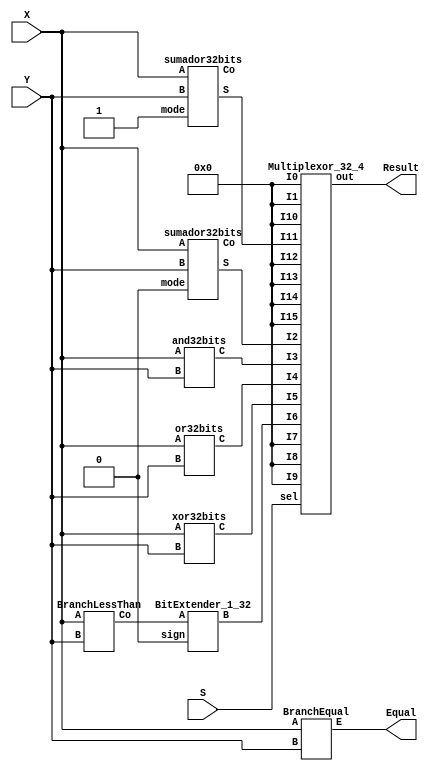
module ALU(X, Y, S, Result, Equal);
  input [31:0] X, Y;
  input [3:0] S;
  output [31:0] Result;
  output Equal;
  wire [31:0] wSll, wSrl, wAdd, wSub, wAnd, wOr, wMul, wMulh, wSlt, wDiv, wXor, wRem, zero;
  assign zero = 32'b00000000000000000000000000000000;
  wire [4:0] Y32_5;
  wire CS, CR, wSlt0;
  moduleSll msll(X, Y32_5, wSll);
  moduleSrl mSrl(X, Y32_5, wSrl);
  sumador32bits s32bS(X, Y, 1'b0, wAdd, CS);
  sumador32bits s32bR(X, Y, 1'b1, wSub, CR);
  and32bits and32(X, Y, wAnd);
  or32bits or32(X, Y, wOr);
  moduleMult mMul(X, Y, wMul, wMulh);
  BranchEqual BE(X, Y, Equal);
  BranchLessThan BLT (X, Y, wSlt0);
  BitExtender_1_32 B1_32(wSlt0, wSlt, 1'b0);
  moduleDiv mDiv(X, Y, wDiv, wRem);
  xor32bits x32 (X,Y, wXor);
  Multiplexor_32_4 m32_4(zero, zero, wAdd, wAnd, wOr, wXor, wSlt, zero, zero, zero, zero , wSub, zero, zero, zero, zero, S, Result);
endmodule

module moduleDiv(X, Y, wDiv, wRem);
  input [31:0] X,Y;
  output[31:0] wDiv, wRem;
endmodule

module moduleMult(X, Y, wMul, wMulh);
  input [31:0] X,Y;
  output[31:0] wMul, wMulh;
endmodule

module moduleSll(X, Y32_5, wSll);
  input [31:0] X;
  input [4:0] Y32_5;
  output[31:0] wSll;
endmodule

module moduleSrl(X, Y32_5, wSrl);
  input [31:0] X;
  input [4:0] Y32_5;
  output[31:0] wSrl;
endmodule

module xor32bits(A,B,C);
  input [31:0] A,B;
  output [31:0] C;
    //Spam de XORs
  xor(C[0], A[0], B[0]);
  xor(C[1], A[1], B[1]);
  xor(C[2], A[2], B[2]);
  xor(C[3], A[3], B[3]);
  xor(C[4], A[4], B[4]);
  xor(C[5], A[5], B[5]);
  xor(C[6], A[6], B[6]);
  xor(C[7], A[7], B[7]);
  xor(C[8], A[8], B[8]);
  xor(C[9], A[9], B[9]);
  xor(C[10], A[10], B[10]);
  xor(C[11], A[11], B[11]);
  xor(C[12], A[12], B[12]);
  xor(C[13], A[13], B[13]);
  xor(C[14], A[14], B[14]);
  xor(C[15], A[15], B[15]);
  xor(C[16], A[16], B[16]);
  xor(C[17], A[17], B[17]);
  xor(C[18], A[18], B[18]);
  xor(C[19], A[19], B[19]);
  xor(C[20], A[20], B[20]);
  xor(C[21], A[21], B[21]);
  xor(C[22], A[22], B[22]);
  xor(C[23], A[23], B[23]);
  xor(C[24], A[24], B[24]);
  xor(C[25], A[25], B[25]);
  xor(C[26], A[26], B[26]);
  xor(C[27], A[27], B[27]);
  xor(C[28], A[28], B[28]);
  xor(C[29], A[29], B[29]);
  xor(C[30], A[30], B[30]);
  xor(C[31], A[31], B[31]);
endmodule

module or32bits(A,B,C);
  input [31:0] A,B;
  output [31:0] C;
    //Spam de ORs
  or(C[0], A[0], B[0]);
  or(C[1], A[1], B[1]);
  or(C[2], A[2], B[2]);
  or(C[3], A[3], B[3]);
  or(C[4], A[4], B[4]);
  or(C[5], A[5], B[5]);
  or(C[6], A[6], B[6]);
  or(C[7], A[7], B[7]);
  or(C[8], A[8], B[8]);
  or(C[9], A[9], B[9]);
  or(C[10], A[10], B[10]);
  or(C[11], A[11], B[11]);
  or(C[12], A[12], B[12]);
  or(C[13], A[13], B[13]);
  or(C[14], A[14], B[14]);
  or(C[15], A[15], B[15]);
  or(C[16], A[16], B[16]);
  or(C[17], A[17], B[17]);
  or(C[18], A[18], B[18]);
  or(C[19], A[19], B[19]);
  or(C[20], A[20], B[20]);
  or(C[21], A[21], B[21]);
  or(C[22], A[22], B[22]);
  or(C[23], A[23], B[23]);
  or(C[24], A[24], B[24]);
  or(C[25], A[25], B[25]);
  or(C[26], A[26], B[26]);
  or(C[27], A[27], B[27]);
  or(C[28], A[28], B[28]);
  or(C[29], A[29], B[29]);
  or(C[30], A[30], B[30]);
  or(C[31], A[31], B[31]);
endmodule

module and32bits(A,B,C);
  input [31:0] A,B;
  output [31:0] C;
    //Spam de ANDs
  and(C[0], A[0], B[0]);
  and(C[1], A[1], B[1]);
  and(C[2], A[2], B[2]);
  and(C[3], A[3], B[3]);
  and(C[4], A[4], B[4]);
  and(C[5], A[5], B[5]);
  and(C[6], A[6], B[6]);
  and(C[7], A[7], B[7]);
  and(C[8], A[8], B[8]);
  and(C[9], A[9], B[9]);
  and(C[10], A[10], B[10]);
  and(C[11], A[11], B[11]);
  and(C[12], A[12], B[12]);
  and(C[13], A[13], B[13]);
  and(C[14], A[14], B[14]);
  and(C[15], A[15], B[15]);
  and(C[16], A[16], B[16]);
  and(C[17], A[17], B[17]);
  and(C[18], A[18], B[18]);
  and(C[19], A[19], B[19]);
  and(C[20], A[20], B[20]);
  and(C[21], A[21], B[21]);
  and(C[22], A[22], B[22]);
  and(C[23], A[23], B[23]);
  and(C[24], A[24], B[24]);
  and(C[25], A[25], B[25]);
  and(C[26], A[26], B[26]);
  and(C[27], A[27], B[27]);
  and(C[28], A[28], B[28]);
  and(C[29], A[29], B[29]);
  and(C[30], A[30], B[30]);
  and(C[31], A[31], B[31]);
endmodule

module Multiplexor_32_4(I0, I1, I2, I3, I4, I5, I6, I7, I8, I9, I10, I11, I12, I13, I14, I15, sel, out);
  
  input [31:0] I0, I1, I2, I3, I4, I5, I6, I7, I8, I9, I10, I11, I12, I13, I14, I15;
  input [3:0] sel;
  output [31:0] out;
  Multiplexor_1_4 M1_5_0 (I0[0], I1[0], I2[0], I3[0], I4[0], I5[0], I6[0], I7[0], I8[0], I9[0], I10[0], I11[0], I12[0], I13[0], I14[0], I15[0], sel, out[0]);
  Multiplexor_1_4 M1_5_1 (I0[1], I1[1], I2[1], I3[1], I4[1], I5[1], I6[1], I7[1], I8[1], I9[1], I10[1], I11[1], I12[1], I13[1], I14[1], I15[1], sel, out[1]);
Multiplexor_1_4 M1_5_2 (I0[2], I1[2], I2[2], I3[2], I4[2], I5[2], I6[2], I7[2], I8[2], I9[2], I10[2], I11[2], I12[2], I13[2], I14[2], I15[2], sel, out[2]);
Multiplexor_1_4 M1_5_3 (I0[3], I1[3], I2[3], I3[3], I4[3], I5[3], I6[3], I7[3], I8[3], I9[3], I10[3], I11[3], I12[3], I13[3], I14[3], I15[3], sel, out[3]);
Multiplexor_1_4 M1_5_4 (I0[4], I1[4], I2[4], I3[4], I4[4], I5[4], I6[4], I7[4], I8[4], I9[4], I10[4], I11[4], I12[4], I13[4], I14[4], I15[4], sel, out[4]);
Multiplexor_1_4 M1_5_5 (I0[5], I1[5], I2[5], I3[5], I4[5], I5[5], I6[5], I7[5], I8[5], I9[5], I10[5], I11[5], I12[5], I13[5], I14[5], I15[5], sel, out[5]);
Multiplexor_1_4 M1_5_6 (I0[6], I1[6], I2[6], I3[6], I4[6], I5[6], I6[6], I7[6], I8[6], I9[6], I10[6], I11[6], I12[6], I13[6], I14[6], I15[6], sel, out[6]);
Multiplexor_1_4 M1_5_7 (I0[7], I1[7], I2[7], I3[7], I4[7], I5[7], I6[7], I7[7], I8[7], I9[7], I10[7], I11[7], I12[7], I13[7], I14[7], I15[7], sel, out[7]);
Multiplexor_1_4 M1_5_8 (I0[8], I1[8], I2[8], I3[8], I4[8], I5[8], I6[8], I7[8], I8[8], I9[8], I10[8], I11[8], I12[8], I13[8], I14[8], I15[8], sel, out[8]);
Multiplexor_1_4 M1_5_9 (I0[9], I1[9], I2[9], I3[9], I4[9], I5[9], I6[9], I7[9], I8[9], I9[9], I10[9], I11[9], I12[9], I13[9], I14[9], I15[9], sel, out[9]);
Multiplexor_1_4 M1_5_10 (I0[10], I1[10], I2[10], I3[10], I4[10], I5[10], I6[10], I7[10], I8[10], I9[10], I10[10], I11[10], I12[10], I13[10], I14[10], I15[10], sel, out[10]);
Multiplexor_1_4 M1_5_11 (I0[11], I1[11], I2[11], I3[11], I4[11], I5[11], I6[11], I7[11], I8[11], I9[11], I10[11], I11[11], I12[11], I13[11], I14[11], I15[11], sel, out[11]);
Multiplexor_1_4 M1_5_12 (I0[12], I1[12], I2[12], I3[12], I4[12], I5[12], I6[12], I7[12], I8[12], I9[12], I10[12], I11[12], I12[12], I13[12], I14[12], I15[12], sel, out[12]);
Multiplexor_1_4 M1_5_13 (I0[13], I1[13], I2[13], I3[13], I4[13], I5[13], I6[13], I7[13], I8[13], I9[13], I10[13], I11[13], I12[13], I13[13], I14[13], I15[13], sel, out[13]);
Multiplexor_1_4 M1_5_14 (I0[14], I1[14], I2[14], I3[14], I4[14], I5[14], I6[14], I7[14], I8[14], I9[14], I10[14], I11[14], I12[14], I13[14], I14[14], I15[14], sel, out[14]);
Multiplexor_1_4 M1_5_15 (I0[15], I1[15], I2[15], I3[15], I4[15], I5[15], I6[15], I7[15], I8[15], I9[15], I10[15], I11[15], I12[15], I13[15], I14[15], I15[15], sel, out[15]);
Multiplexor_1_4 M1_5_16 (I0[16], I1[16], I2[16], I3[16], I4[16], I5[16], I6[16], I7[16], I8[16], I9[16], I10[16], I11[16], I12[16], I13[16], I14[16], I15[16], sel, out[16]);
Multiplexor_1_4 M1_5_17 (I0[17], I1[17], I2[17], I3[17], I4[17], I5[17], I6[17], I7[17], I8[17], I9[17], I10[17], I11[17], I12[17], I13[17], I14[17], I15[17], sel, out[17]);
Multiplexor_1_4 M1_5_18 (I0[18], I1[18], I2[18], I3[18], I4[18], I5[18], I6[18], I7[18], I8[18], I9[18], I10[18], I11[18], I12[18], I13[18], I14[18], I15[18], sel, out[18]);
Multiplexor_1_4 M1_5_19 (I0[19], I1[19], I2[19], I3[19], I4[19], I5[19], I6[19], I7[19], I8[19], I9[19], I10[19], I11[19], I12[19], I13[19], I14[19], I15[19], sel, out[19]);
Multiplexor_1_4 M1_5_20 (I0[20], I1[20], I2[20], I3[20], I4[20], I5[20], I6[20], I7[20], I8[20], I9[20], I10[20], I11[20], I12[20], I13[20], I14[20], I15[20], sel, out[20]);
Multiplexor_1_4 M1_5_21 (I0[21], I1[21], I2[21], I3[21], I4[21], I5[21], I6[21], I7[21], I8[21], I9[21], I10[21], I11[21], I12[21], I13[21], I14[21], I15[21], sel, out[21]);
Multiplexor_1_4 M1_5_22 (I0[22], I1[22], I2[22], I3[22], I4[22], I5[22], I6[22], I7[22], I8[22], I9[22], I10[22], I11[22], I12[22], I13[22], I14[22], I15[22], sel, out[22]);
Multiplexor_1_4 M1_5_23 (I0[23], I1[23], I2[23], I3[23], I4[23], I5[23], I6[23], I7[23], I8[23], I9[23], I10[23], I11[23], I12[23], I13[23], I14[23], I15[23], sel, out[23]);
Multiplexor_1_4 M1_5_24 (I0[24], I1[24], I2[24], I3[24], I4[24], I5[24], I6[24], I7[24], I8[24], I9[24], I10[24], I11[24], I12[24], I13[24], I14[24], I15[24], sel, out[24]);
Multiplexor_1_4 M1_5_25 (I0[25], I1[25], I2[25], I3[25], I4[25], I5[25], I6[25], I7[25], I8[25], I9[25], I10[25], I11[25], I12[25], I13[25], I14[25], I15[25], sel, out[25]);
Multiplexor_1_4 M1_5_26 (I0[26], I1[26], I2[26], I3[26], I4[26], I5[26], I6[26], I7[26], I8[26], I9[26], I10[26], I11[26], I12[26], I13[26], I14[26], I15[26], sel, out[26]);
Multiplexor_1_4 M1_5_27 (I0[27], I1[27], I2[27], I3[27], I4[27], I5[27], I6[27], I7[27], I8[27], I9[27], I10[27], I11[27], I12[27], I13[27], I14[27], I15[27], sel, out[27]);
Multiplexor_1_4 M1_5_28 (I0[28], I1[28], I2[28], I3[28], I4[28], I5[28], I6[28], I7[28], I8[28], I9[28], I10[28], I11[28], I12[28], I13[28], I14[28], I15[28], sel, out[28]);
Multiplexor_1_4 M1_5_29 (I0[29], I1[29], I2[29], I3[29], I4[29], I5[29], I6[29], I7[29], I8[29], I9[29], I10[29], I11[29], I12[29], I13[29], I14[29], I15[29], sel, out[29]);
Multiplexor_1_4 M1_5_30 (I0[30], I1[30], I2[30], I3[30], I4[30], I5[30], I6[30], I7[30], I8[30], I9[30], I10[30], I11[30], I12[30], I13[30], I14[30], I15[30], sel, out[30]);
Multiplexor_1_4 M1_5_31 (I0[31], I1[31], I2[31], I3[31], I4[31], I5[31], I6[31], I7[31], I8[31], I9[31], I10[31], I11[31], I12[31], I13[31], I14[31], I15[31], sel, out[31]);
  
endmodule


module Multiplexor_1_4(I0, I1, I2, I3, I4, I5, I6, I7, I8, I9, I10, I11, I12, I13, I14, I15, sel, out);
  input I0, I1, I2, I3, I4, I5, I6, I7, I8, I9, I10, I11, I12, I13, I14, I15;
  input [3:0] sel;
  output out;
  wire C0, C1, C2, C3, C4, C5, C6, C7, C8, C9, C10, C11, C12, C13, C14, C15, C16, C17, C18, C19, C20, C21, C22, C23, C24, C25, C26, C27, C28, C29, C30, C31, S0, S1, S2, S3, P0, P1, P2, P3, P4, P5, P6, P7, P8, P9, P10, P11, P12, P13, P14, P15;
  
  // Negaciones
  
  not (S0, sel[0]);
  not (S1, sel[1]);
  not (S2, sel[2]);
  not (S3, sel[3]);
  
  // Es 0?
  and (C0, S0, S1, S2, S3);
  
  // Es 1?
  and (C1, sel[0], S1, S2, S3);
  
  // Es 2?
  and (C2, S0, sel[1], S2, S3);
  
  // Es 3?
  and (C3, sel[0], sel[1], S2, S3);
  
  // Es 4?
  and (C4, S0, S1, sel[2], S3);
  
  // Es 5?
  and (C5, sel[0], S1, sel[2], S3);
  
  // Es 6?
  and (C6, S0, sel[1], sel[2], S3);
  
  // Es 7?
  and (C7, sel[0], sel[1], sel[2], S3);
  
  // Es 8?
  and (C8, S0, S1, S2, sel[3]);
  
  // Es 9?
  and (C9, sel[0], S1, S2, sel[3]);
  
  // Es 10?
  and (C10, S0, sel[1], S2, sel[3]);
  
  // Es 11?
  and (C11, sel[0], sel[1], S2, sel[3]);
  
  // Es 12?
  and (C12, S0, S1, sel[2], sel[3]);
  
  // Es 13?
  and (C13, sel[0], S1, sel[2], sel[3]);
  
  // Es 14?
  and (C14, S0, sel[1], sel[2], sel[3]);
  
  // Es 15?
  and (C15, sel[0], sel[1], sel[2], sel[3]);
  
  
  
  // Buscar Bit
  
  and (P0, C0, I0);
  and (P1, C1, I1);
  and (P2, C2, I2);
  and (P3, C3, I3);
  and (P4, C4, I4);
  and (P5, C5, I5);
  and (P6, C6, I6);
  and (P7, C7, I7);
  and (P8, C8, I8);
  and (P9, C9, I9);
  and (P10, C10, I10);
  and (P11, C11, I11);
  and (P12, C12, I12);
  and (P13, C13, I13);
  and (P14, C14, I14);
  and (P15, C15, I15);
  
  or(out, P0, P1, P2, P3, P4, P5, P6, P7, P8, P9, P10, P11, P12, P13, P14, P15);
endmodule

module BranchLessThan(A,B,Co);
  input [31:0] A,B;
  
  wire [31:0] S;
  output Co;
  wire C1, C2, C3, C4, C5, C6, C7, C8, C9, C10, C11, C12, C13, C14, C15, C16, C17, C18, C19, C20, C21, C22, C23, C24, C25, C26, C27, C28, C29, C30, C31, C32;
  wire B0, B1, B2, B3, B4, B5, B6, B7, B8, B9, B10, B11, B12, B13, B14, B15, B16, B17, B18, B19, B20, B21, B22, B23, B24, B25, B26, B27, B28, B29, B30, B31;
  
  xor(B0, B[0], 1);
  xor(B1, B[1], 1);
  xor(B2, B[2], 1);
  xor(B3, B[3], 1);
  xor(B4, B[4], 1);
  xor(B5, B[5], 1);
  xor(B6, B[6], 1);
  xor(B7, B[7], 1);
  xor(B8, B[8], 1);
  xor(B9, B[9], 1);
  xor(B10, B[10], 1);
  xor(B11, B[11], 1);
  xor(B12, B[12], 1);
  xor(B13, B[13], 1);
  xor(B14, B[14], 1);
  xor(B15, B[15], 1);
  xor(B16, B[16], 1);
  xor(B17, B[17], 1);
  xor(B18, B[18], 1);
  xor(B19, B[19], 1);
  xor(B20, B[20], 1);
  xor(B21, B[21], 1);
  xor(B22, B[22], 1);
  xor(B23, B[23], 1);
  xor(B24, B[24], 1);
  xor(B25, B[25], 1);
  xor(B26, B[26], 1);
  xor(B27, B[27], 1);
  xor(B28, B[28], 1);
  xor(B29, B[29], 1);
  xor(B30, B[30], 1);
  xor(B31, B[31], 1);
    
  sumador_completo sc0(A[0],B0,1'b1,S[0],C1);
  sumador_completo sc1(A[1],B1,C1,S[1],C2);
  sumador_completo sc2(A[2],B2,C2,S[2],C3);
  sumador_completo sc3(A[3],B3,C3,S[3],C4);
  sumador_completo sc4(A[4],B4,C4,S[4],C5);
  sumador_completo sc5(A[5],B5,C5,S[5],C6);
  sumador_completo sc6(A[6],B6,C6,S[6],C7);
  sumador_completo sc7(A[7],B7,C7,S[7],C8);
  sumador_completo sc8(A[8],B8,C8,S[8],C9);
  sumador_completo sc9(A[9],B9,C9,S[9],C10);
  sumador_completo sc10(A[10],B10,C10,S[10],C11);
  sumador_completo sc11(A[11],B11,C11,S[11],C12);
  sumador_completo sc12(A[12],B12,C12,S[12],C13);
  sumador_completo sc13(A[13],B13,C13,S[13],C14);
  sumador_completo sc14(A[14],B14,C14,S[14],C15);
  sumador_completo sc15(A[15],B15,C15,S[15],C16);
  sumador_completo sc16(A[16],B16,C16,S[16],C17);
  sumador_completo sc17(A[17],B17,C17,S[17],C18);
  sumador_completo sc18(A[18],B18,C18,S[18],C19);
  sumador_completo sc19(A[19],B19,C19,S[19],C20);
  sumador_completo sc20(A[20],B20,C20,S[20],C21);
  sumador_completo sc21(A[21],B21,C21,S[21],C22);
  sumador_completo sc22(A[22],B22,C22,S[22],C23);
  sumador_completo sc23(A[23],B23,C23,S[23],C24);
  sumador_completo sc24(A[24],B24,C24,S[24],C25);
  sumador_completo sc25(A[25],B25,C25,S[25],C26);
  sumador_completo sc26(A[26],B26,C26,S[26],C27);
  sumador_completo sc27(A[27],B27,C27,S[27],C28);
  sumador_completo sc28(A[28],B28,C28,S[28],C29);
  sumador_completo sc29(A[29],B29,C29,S[29],C30);
  sumador_completo sc30(A[30],B30,C30,S[30],C31);
  sumador_completo sc31(A[31],B31,C31,S[31],C32);
  not (Co, C32);
endmodule

module BitExtender_1_32(A,B, sign);
  // sign = 1'b0 Unsigned; sign = bit[31] Signed
  input A, sign;
  wire [31:0] C = {sign,sign,sign,sign,sign,sign,sign,sign,sign,sign,sign,sign,sign,sign,sign,sign,sign,sign,sign,sign,sign,sign,sign,sign,sign,sign,sign,sign,sign,sign,sign,A};
  output [31:0] B;
  assign B = C;
endmodule

module BranchEqual(A,B,E);
  input [31:0] A,B;
  output E;
  wire C0, C1, C2, C3, C4, C5, C6, C7, C8, C9, C10, C11, C12, C13, C14, C15, C16, C17, C18, C19, C20, C21, C22, C23, C24, C25, C26, C27, C28, C29, C30, C31;


  xnor (C0, A[0], B[0]);
  xnor (C1, A[1], B[1]);
  xnor (C2, A[2], B[2]);
  xnor (C3, A[3], B[3]);
  xnor (C4, A[4], B[4]);
  xnor (C5, A[5], B[5]);
  xnor (C6, A[6], B[6]);
  xnor (C7, A[7], B[7]);
  xnor (C8, A[8], B[8]);
  xnor (C9, A[9], B[9]);
  xnor (C10, A[10], B[10]);
  xnor (C11, A[11], B[11]);
  xnor (C12, A[12], B[12]);
  xnor (C13, A[13], B[13]);
  xnor (C14, A[14], B[14]);
  xnor (C15, A[15], B[15]);
  xnor (C16, A[16], B[16]);
  xnor (C17, A[17], B[17]);
  xnor (C18, A[18], B[18]);
  xnor (C19, A[19], B[19]);
  xnor (C20, A[20], B[20]);
  xnor (C21, A[21], B[21]);
  xnor (C22, A[22], B[22]);
  xnor (C23, A[23], B[23]);
  xnor (C24, A[24], B[24]);
  xnor (C25, A[25], B[25]);
  xnor (C26, A[26], B[26]);
  xnor (C27, A[27], B[27]);
  xnor (C28, A[28], B[28]);
  xnor (C29, A[29], B[29]);
  xnor (C30, A[30], B[30]);
  xnor (C31, A[31], B[31]);
  and (E, C0, C1, C2, C3, C4, C5, C6, C7, C8, C9, C10, C11, C12, C13, C14, C15, C16, C17, C18, C19, C20, C21, C22, C23, C24, C25, C26, C27, C28, C29, C30, C31);
endmodule

module medioSumador(x,y,S,C);
  input x,y;
  output S,C;
  xor(S,x,y);
  and(C,x,y);
endmodule

module sumador_completo(A,B,Ci,S,Co);
  input A,B, Ci;
  output S,Co;
  wire P,G,H;
  medioSumador ms1(A,B,P,G);
  medioSumador ms2(P,Ci,S,H);
  or(Co,G,H);
endmodule

module sumador32bits(A,B,mode,S,Co);
  input [31:0] A,B;
  input mode;
  //mode = 1 es resta, mode = 0 es suma
  
  output [31:0] S;
  output Co;
  wire C1, C2, C3, C4, C5, C6, C7, C8, C9, C10, C11, C12, C13, C14, C15, C16, C17, C18, C19, C20, C21, C22, C23, C24, C25, C26, C27, C28, C29, C30, C31;
  wire B0, B1, B2, B3, B4, B5, B6, B7, B8, B9, B10, B11, B12, B13, B14, B15, B16, B17, B18, B19, B20, B21, B22, B23, B24, B25, B26, B27, B28, B29, B30, B31;
  //Empieza el spam de XORs por si hay que hacer una resta
    xor(B0, B[0], mode);
  xor(B1, B[1], mode);
  xor(B2, B[2], mode);
  xor(B3, B[3], mode);
  xor(B4, B[4], mode);
  xor(B5, B[5], mode);
  xor(B6, B[6], mode);
  xor(B7, B[7], mode);
  xor(B8, B[8], mode);
  xor(B9, B[9], mode);
  xor(B10, B[10], mode);
  xor(B11, B[11], mode);
  xor(B12, B[12], mode);
  xor(B13, B[13], mode);
  xor(B14, B[14], mode);
  xor(B15, B[15], mode);
  xor(B16, B[16], mode);
  xor(B17, B[17], mode);
  xor(B18, B[18], mode);
  xor(B19, B[19], mode);
  xor(B20, B[20], mode);
  xor(B21, B[21], mode);
  xor(B22, B[22], mode);
  xor(B23, B[23], mode);
  xor(B24, B[24], mode);
  xor(B25, B[25], mode);
  xor(B26, B[26], mode);
  xor(B27, B[27], mode);
  xor(B28, B[28], mode);
  xor(B29, B[29], mode);
  xor(B30, B[30], mode);
  xor(B31, B[31], mode);
    
  
    //Sumador?
    sumador_completo sc0(A[0],B0,mode,S[0],C1);
  sumador_completo sc1(A[1],B1,C1,S[1],C2);
  sumador_completo sc2(A[2],B2,C2,S[2],C3);
  sumador_completo sc3(A[3],B3,C3,S[3],C4);
  sumador_completo sc4(A[4],B4,C4,S[4],C5);
  sumador_completo sc5(A[5],B5,C5,S[5],C6);
  sumador_completo sc6(A[6],B6,C6,S[6],C7);
  sumador_completo sc7(A[7],B7,C7,S[7],C8);
  sumador_completo sc8(A[8],B8,C8,S[8],C9);
  sumador_completo sc9(A[9],B9,C9,S[9],C10);
  sumador_completo sc10(A[10],B10,C10,S[10],C11);
  sumador_completo sc11(A[11],B11,C11,S[11],C12);
  sumador_completo sc12(A[12],B12,C12,S[12],C13);
  sumador_completo sc13(A[13],B13,C13,S[13],C14);
  sumador_completo sc14(A[14],B14,C14,S[14],C15);
  sumador_completo sc15(A[15],B15,C15,S[15],C16);
  sumador_completo sc16(A[16],B16,C16,S[16],C17);
  sumador_completo sc17(A[17],B17,C17,S[17],C18);
  sumador_completo sc18(A[18],B18,C18,S[18],C19);
  sumador_completo sc19(A[19],B19,C19,S[19],C20);
  sumador_completo sc20(A[20],B20,C20,S[20],C21);
  sumador_completo sc21(A[21],B21,C21,S[21],C22);
  sumador_completo sc22(A[22],B22,C22,S[22],C23);
  sumador_completo sc23(A[23],B23,C23,S[23],C24);
  sumador_completo sc24(A[24],B24,C24,S[24],C25);
  sumador_completo sc25(A[25],B25,C25,S[25],C26);
  sumador_completo sc26(A[26],B26,C26,S[26],C27);
  sumador_completo sc27(A[27],B27,C27,S[27],C28);
  sumador_completo sc28(A[28],B28,C28,S[28],C29);
  sumador_completo sc29(A[29],B29,C29,S[29],C30);
  sumador_completo sc30(A[30],B30,C30,S[30],C31);
    sumador_completo sc31(A[31],B31,C31,S[31],Co);
endmodule